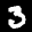
Label: 3